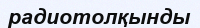
радиотолқынды